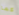
كما